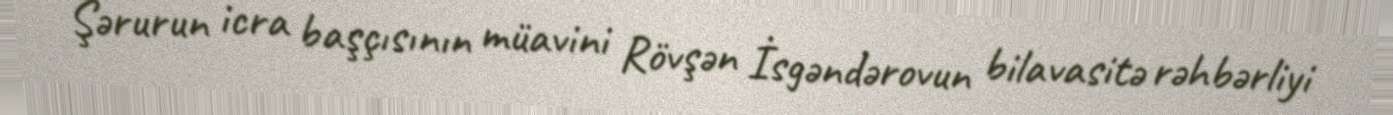
Şərurun icra başçısının müavini Rövşən İsgəndərovun bilavasitə rəhbərliyi